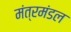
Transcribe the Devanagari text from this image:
मंत्रमंडल